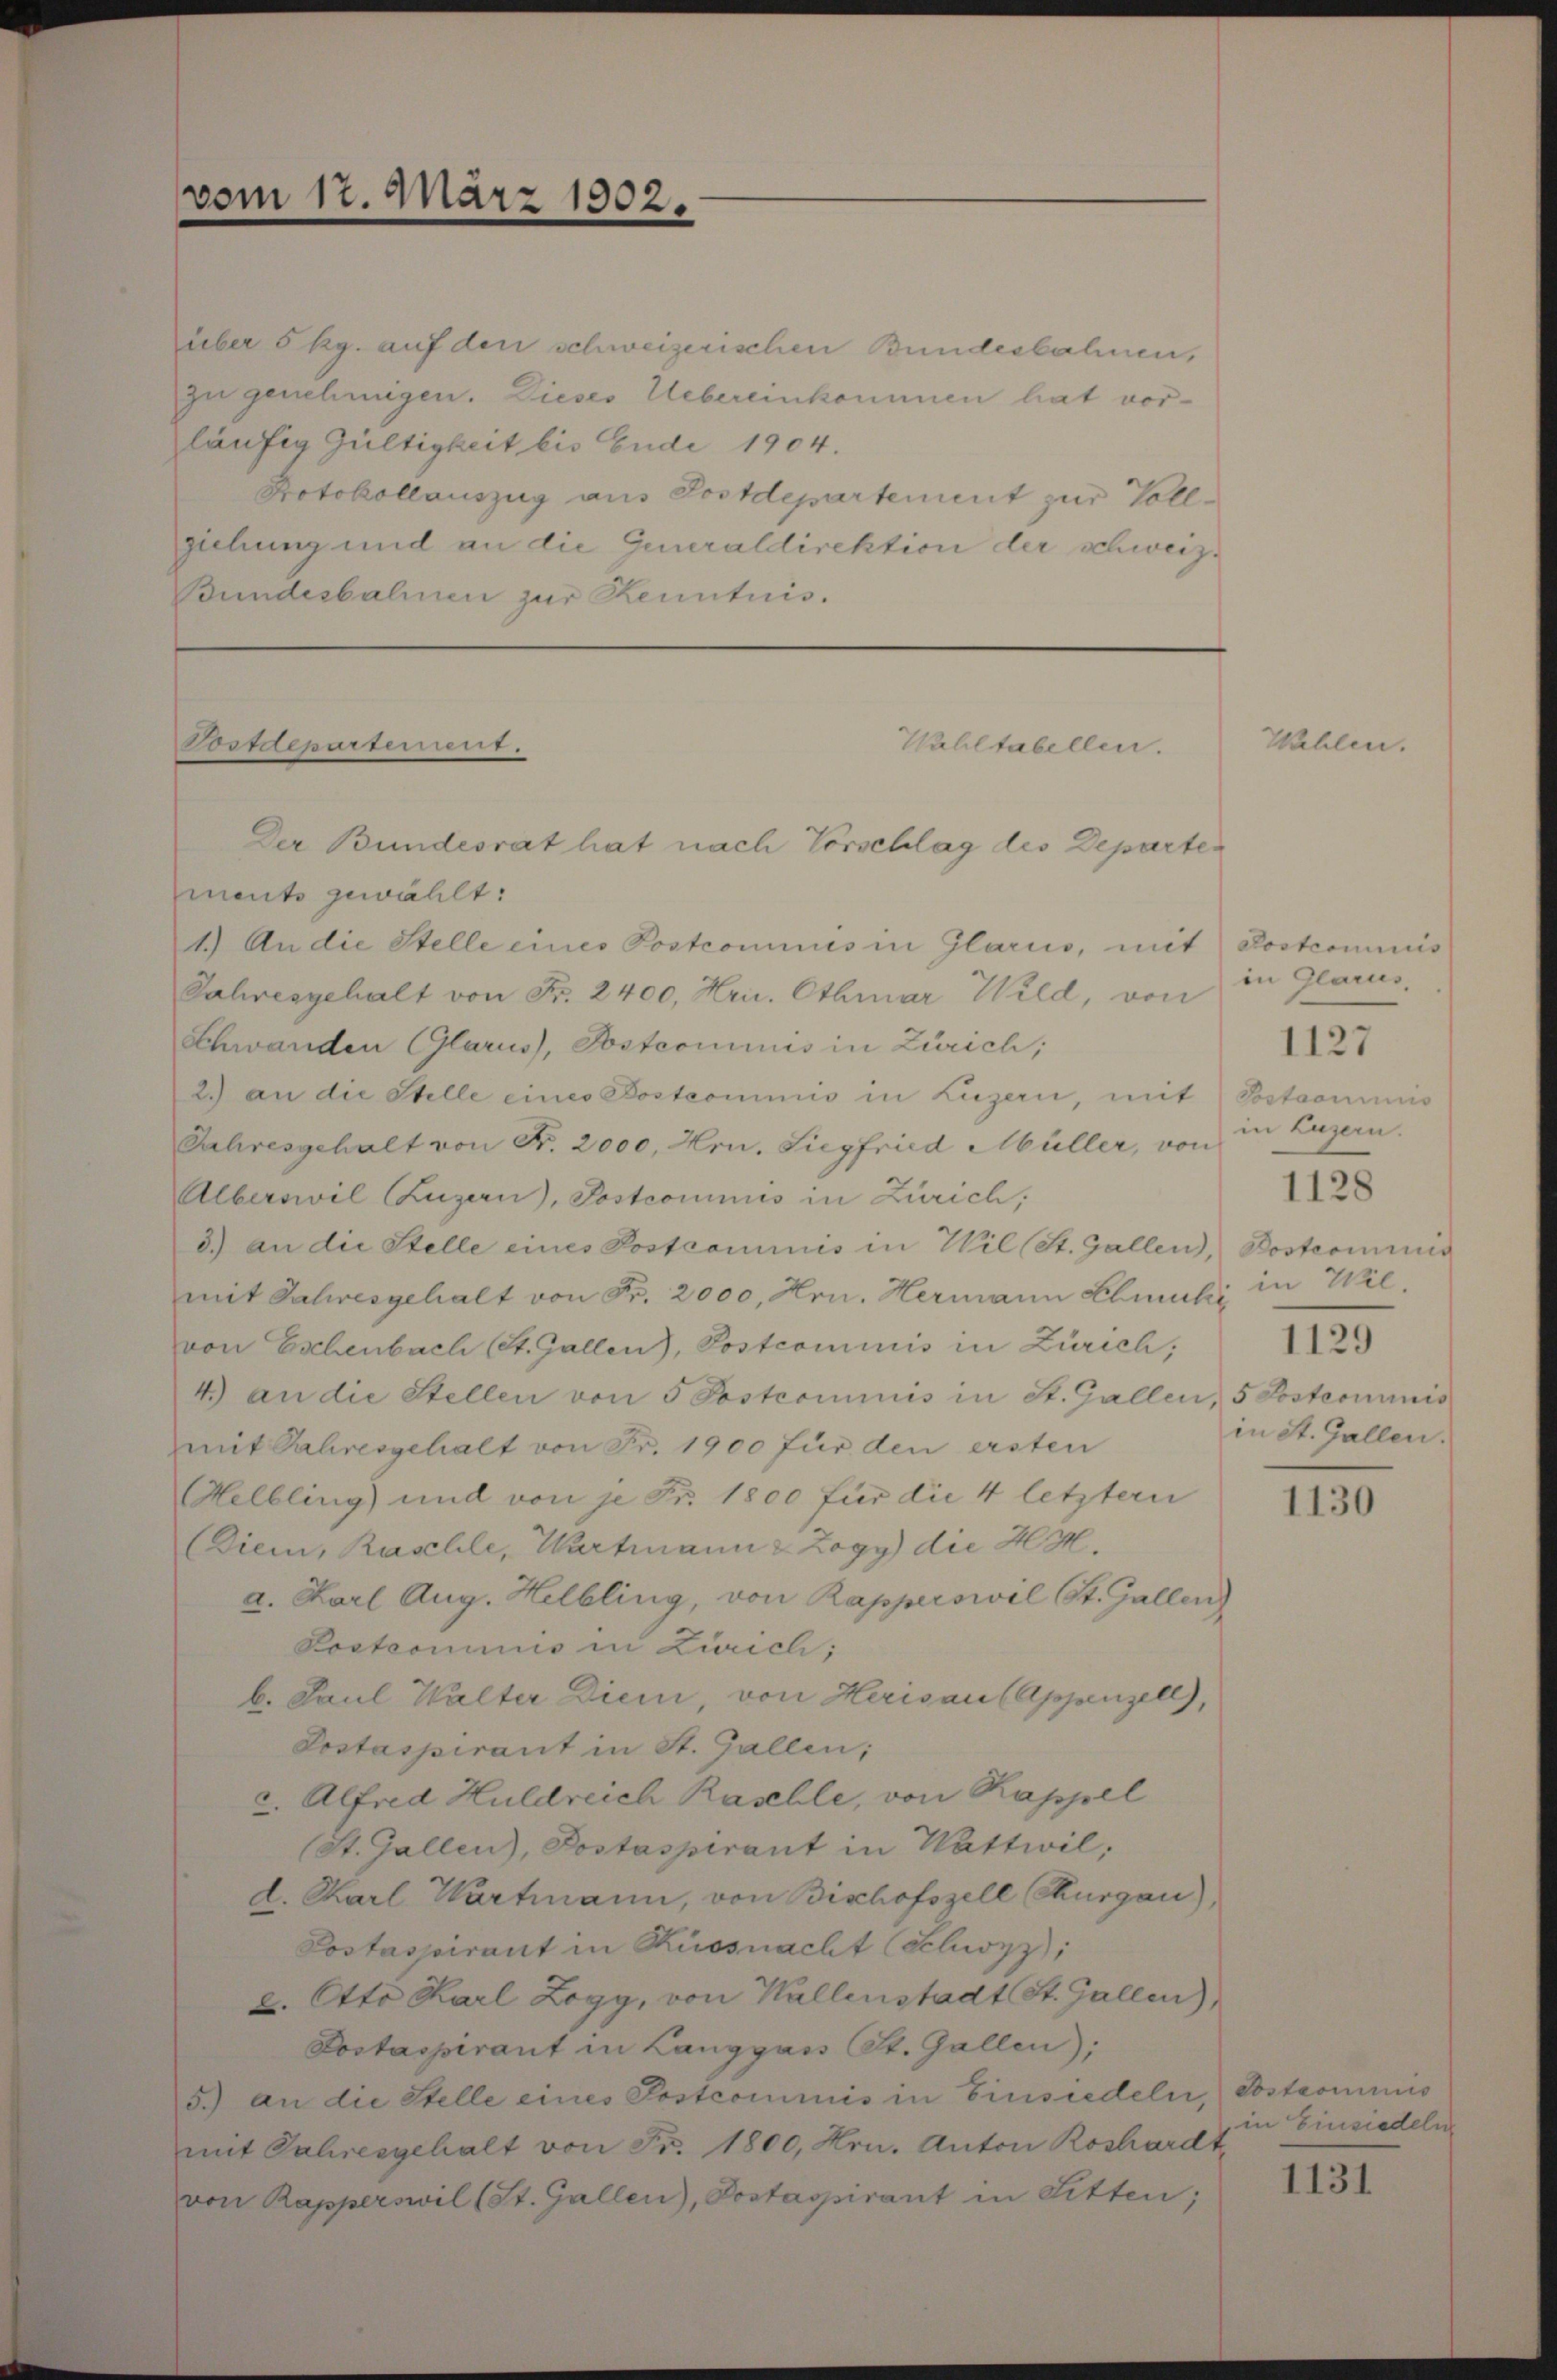
Über 5 kg. auf den schweizerischen Bundesbahnen,
zu genehmigen. Dieses Uebereinkommen hat vor-
läufig Gültigkeit bis Ende 1904.
Protokollauszug aus Postdepartement zur Vollziehung und an die Generaldirektion der schweiz.
Bundesbahnen zur Kenntnis.

vom 17. März 1902.

Postdepartement.

Der Bundesrat hat nach Vorschlag des Departen
ments gewählt:
1.) An die Stelle eines Postcommis in Glarus, mit Postcommis
Jahresgehalt von Fr. 2400, Hrn. Etbruar Wild, von
Schwanden (Glarus, Postcommis in Zürich,
2.) an die Stelle eines Bostcommis in Luzern, mit
Jahresgehalt von Fr. 2000, Hrn. Siegfried Müller, von
Alberswil Luzern), Postcommis in Zürich,
3.) an die Stelle eines Postcommis in Wil (St. Gallen, Posteriums
mit Jahresgehalt von Fr. 2000, Hrn. Hermann Ehmutz in Wievon Eschenbach (St. Gallen, Postcommis in Zürich;
4.) an die Stellen von 5 Postcommis in St. Gallen, 5 Sostcommis
mit Jahresgehalt von Fr. 1900 für den ersten
Helbling und von je Fr. 1800 für die 4 letztern
Diem, Raschle, Wartmann & Zogy) die H. M.
a. Karl Aug. Helbling, von Rapperswil St. Gallen
Lostronimus in Zürich;
b. Paul Walter Dien von Herisau (Appenzell),
Postaspirant in St. Gallen;
c. Alfred Huldreich Rasehle, von Kappel
(St. Gallen, Postaspirant in Wattwil;
d. Karl Wartmann, von Bischofszell Thurgau),
Postaspirant in Küssnacht Schwyz):
2. Otto Karl Zogy, von Wallenstadt St. Gallen),
Postaspirant in Langgass St. Gallen):
5.) an die Stelle eines Postcommis in Einsiedeln, Sostromans
mit Jahresgehalt von Fr. 1800, Hrn. Anton Roshardt,
von Rapperswil (St. Gallen), Postaspirant in Litten;

Wahltabellen.

Wahlen

in Glarus.

1127

Sostrominis
in Luzern.
III.
in St. Gallen.

1128

1130

in Einsiedeln

1131